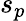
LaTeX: s_{p}